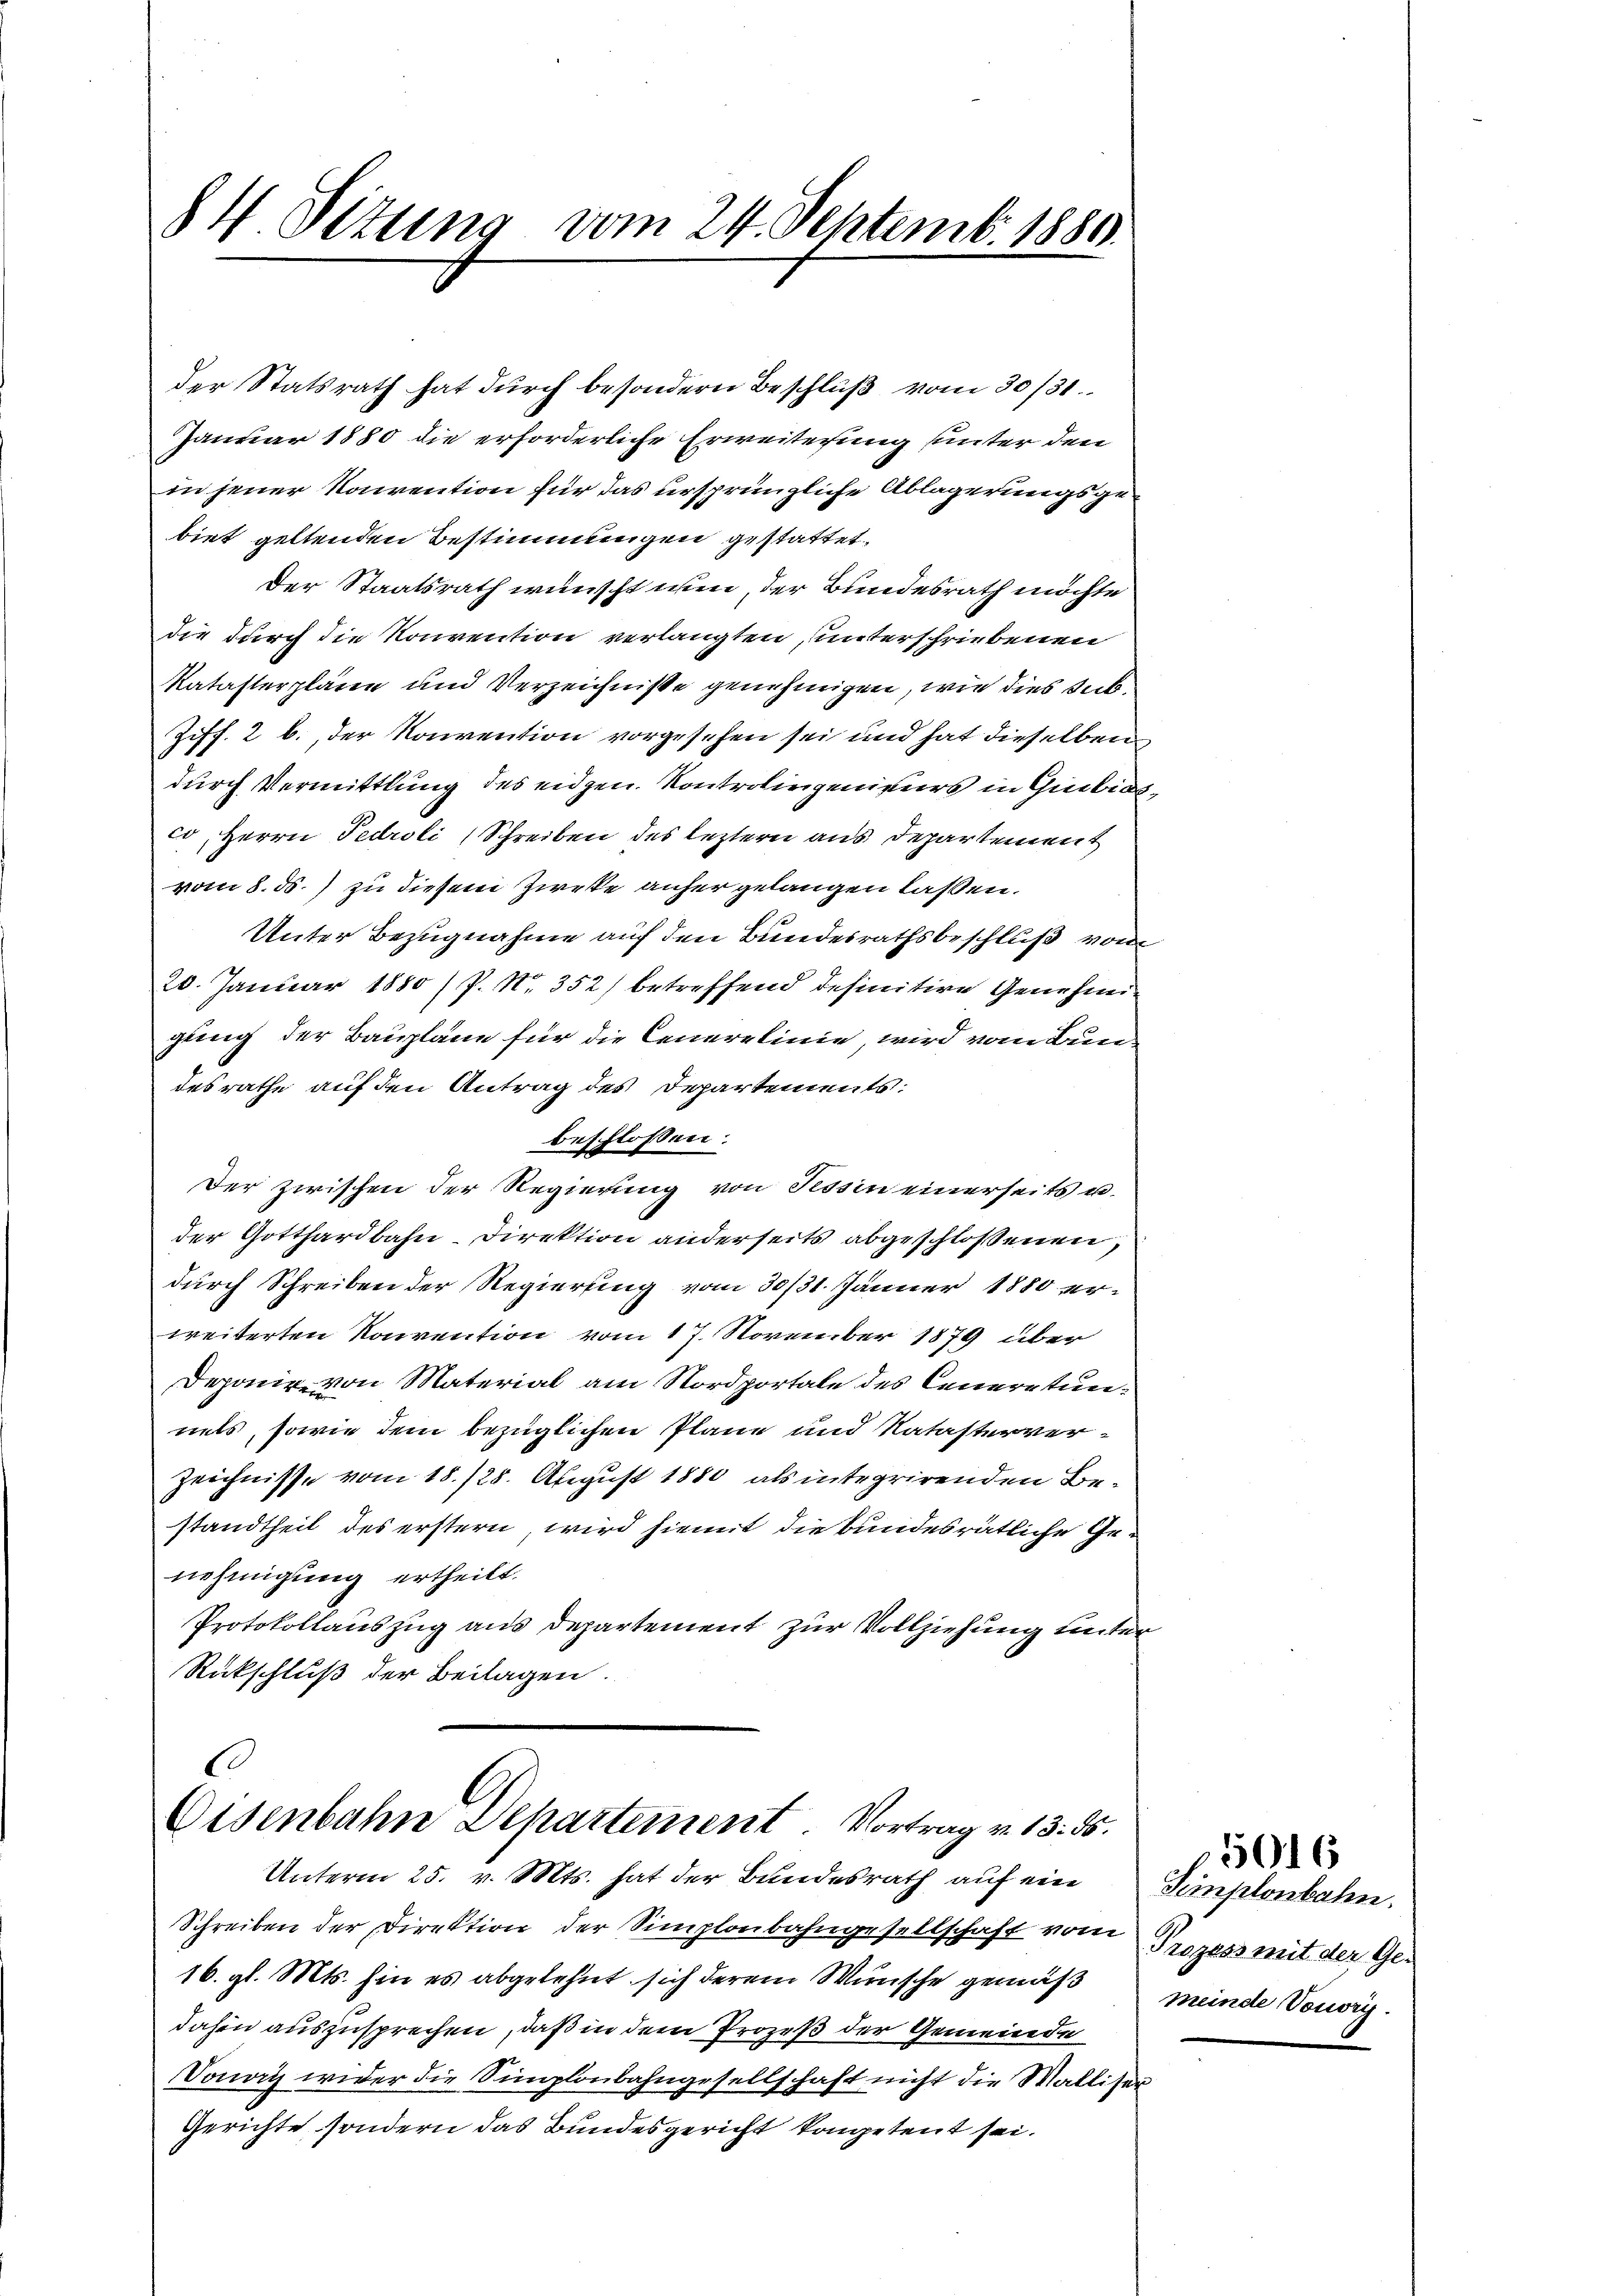
84 Situng vom 24. Septemb. 1880.

der Statsrath hat durch besondern Beschluß vom 30/31.
Januar 1880 die erforderliche Erweiterung unter den
in jener Konvention für das ursprüngliche Ablagerungsgebiet geltenden Bestimmungen gestattet.
Der Staatsrath wünscht wir, der Bundesrath möchte
die durch die Konvention verlangten, unterschriebenen
Katasterpläne und Verzeichnisse genehmigen, wie dies sub¬
Ziff. 2 b., der Konvention vorgesehen sei und hat dieselben
durch Vermittlung des eidgen. Kontrolingenieurs in Gubicco, Herrn Fedroli (Schreiben des leztern aus Departement
vom 8. ds.) zu diesem Zweke anher gelangen laßen.
Unter Bezugnahme auf den Bundesrathsbeschluß von
20. Januar 1880 /P. Nr. 352) betreffend definitive Genehmigling der Bauplane für die Cenerelinie, wird vom Bundesrathe auf den Antrag des Departements:
beschlossen:
Der zwischen der Regierung von Tessin einerseits u.
der Gotthardbahn-Direktion anderseits abgeschlossenen,
durch Schreiben der Regierung vom 30/31. Jänner 1880 erweiterten Konvention vom 17. November 1879 über
Deponie von Material am Nordportale des Ceneretunnets, sowie dem bezüglichen Pläne und Natasterver¬
Zeichnisse vom 18./28. August 1880 als integrirenden Bestandtheil des erstern, wird hiemit die bundesrätliche Genehmigung ertheilt.
Protokollauszug aus Departement zur Vollziehung unter
Rückschluß der Beilagen.

A
b
Eisenbahn Departement. Vortrag v. 13. ds.
Unterm 25. v. Mts. hat der Bundesrath auf ein

Schreiben der Direktion der Simplonbahngesellschaft vom Prozess mit der Ge¬
16. gl. Mts. hin es abgelehnt sich derem Wünsche gemäß
dahin auszusprechen, daß in dem Prozeß der Gemeinde
Vonoz wider die Simplonbahngesellschaft nicht die Walliser
Gerichte, sondern das Bundesgericht kompetent sei.

Simplonbahn.
meinde Vouvry.

5016